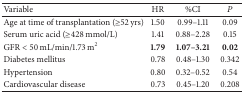
<table><thead><tr><td><b>Variable</b></td><td><b>HR</b></td><td><b>%CI</b></td><td><b><i>P</i></b></td></tr></thead><tbody><tr><td>Age at time of transplantation (≥52 yrs)</td><td>1.50</td><td>0.99–1.11</td><td>0.09</td></tr><tr><td>Serum uric acid (≥428 mmol/L)</td><td>1.41</td><td>0.88–2.28</td><td>0.15</td></tr><tr><td>GFR &lt; 50 mL/min/1.73 m<sup>2</sup></td><td><b>1.79</b></td><td><b>1.07–3.21</b></td><td><b>0.02</b></td></tr><tr><td>Diabetes mellitus </td><td>0.78</td><td>0.48–1.30</td><td>0.342</td></tr><tr><td>Hypertension</td><td>0.80</td><td>0.32–0.52 </td><td>0.54</td></tr><tr><td>Cardiovascular disease </td><td>0.73</td><td>0.45–1.20</td><td>0.208</td></tr></tbody></table>